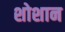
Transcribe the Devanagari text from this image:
शोशान